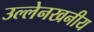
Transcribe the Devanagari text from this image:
उल्लेनखनीय